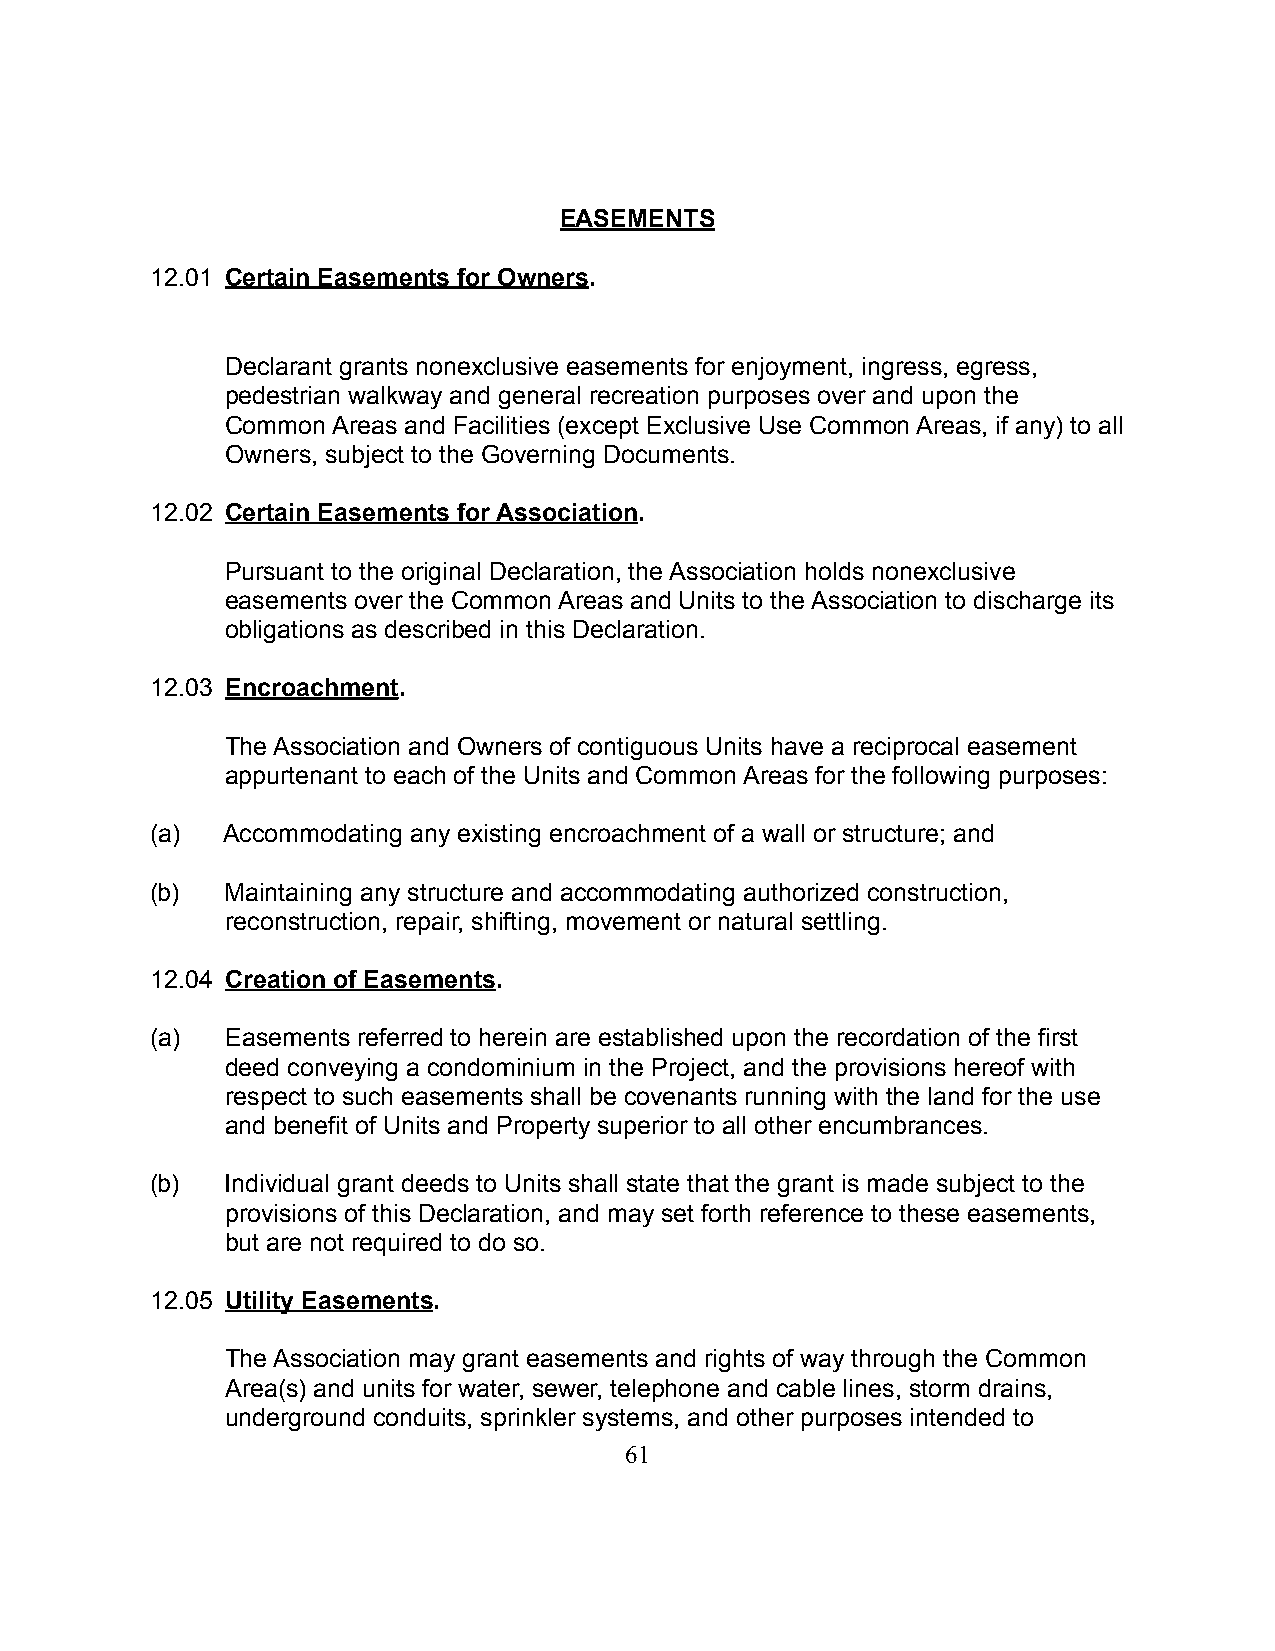
EASEMENTS
 12.01 Certain Easements for Owners.
 Declarant grants nonexclusive easements for enjoyment, ingress, egress,
 pedestrian walkway and general recreation purposes over and upon the
 Common Areas and Facilities (except Exclusive Use Common Areas, if any) to all
 Owners, subject to the Governing Documents.
 12.02 Certain Easements for Association.
 Pursuant to the original Declaration, the Association holds nonexclusive
 easements over the Common Areas and Units to the Association to discharge its
 obligations as described in this Declaration.
 12.03 Encroachment.
 The Association and Owners of contiguous Units have a reciprocal easement
 appurtenant to each of the Units and Common Areas for the following purposes:
 (a)  Accommodating any existing encroachment of a wall or structure; and
 (b)  Maintaining any structure and accommodating authorized construction,
 reconstruction, repair, shifting, movement or natural settling.
 12.04 Creation of Easements.
 (a)  Easements referred to herein are established upon the recordation of the first
 deed conveying a condominium in the Project, and the provisions hereof with
 respect to such easements shall be covenants running with the land for the use
 and benefit of Units and Property superior to all other encumbrances.
 (b)  Individual grant deeds to Units shall state that the grant is made subject to the
 provisions of this Declaration, and may set forth reference to these easements,
 but are not required to do so.
 12.05 Utility Easements.
 The Association may grant easements and rights of way through the Common
 Area(s) and units for water, sewer, telephone and cable lines, storm drains,
 underground conduits, sprinkler systems, and other purposes intended to
 61